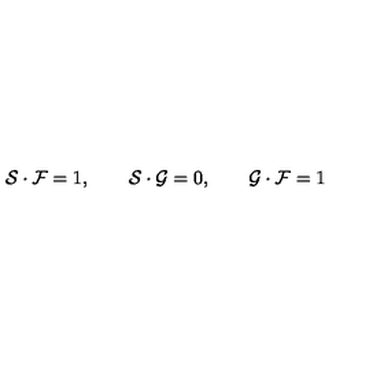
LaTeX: { \cal { S } } \cdot { \cal { F } } = 1 , \qquad { \cal { S } } \cdot { \cal { G } } = 0 , \qquad { \cal { G } } \cdot { \cal { F } } = 1